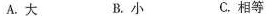
A.大 B.小 C.相等